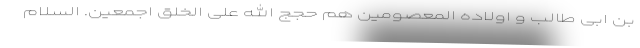
بن ابی طالب و اولاده المعصومین هم حجج الله علی الخلق اجمعین. السلام